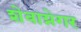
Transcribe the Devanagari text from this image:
शेवाग्नेगर